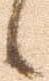
候